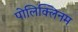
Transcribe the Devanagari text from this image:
पोलिक्लिनम